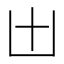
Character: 𠙷